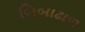
બિબાઢાળ